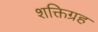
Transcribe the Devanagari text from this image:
शक्तिग्रह